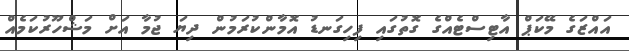
އައްޒަގެ މޭކަޕް އާޓިސްޓެއްގެ ގޮތުގައި ފިހިގަނޑު އޮމާންކުރަމުން ދިޔަ ޖުމާ އަށް މަޝްހޫރުކަމެއް